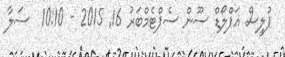
ޕުލީސް އަޕްލޯޑް ސޫން ސެޕްޓެމްބަރު 16